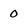
Character: 0